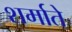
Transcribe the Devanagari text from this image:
शर्माते